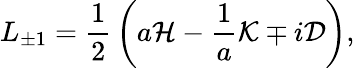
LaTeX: L_{\pm 1}={\frac{1}{2}}\left(a{\cal H}-{\frac{1}{a}}{\cal K}\mp i{\cal D}\right),